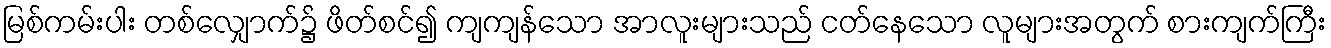
မြစ်ကမ်းပါး တစ်လျှောက်၌ ဖိတ်စင်၍ ကျကျန်သော အာလူးများသည် ငတ်နေသော လူများအတွက် စားကျက်ကြီး